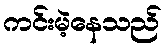
ကင်းမဲ့နေသည်